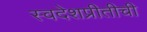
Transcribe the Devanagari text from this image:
स्वदेशप्रीतीची